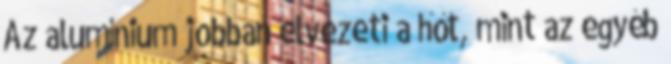
Az alumínium jobban elvezeti a hőt, mint az egyéb